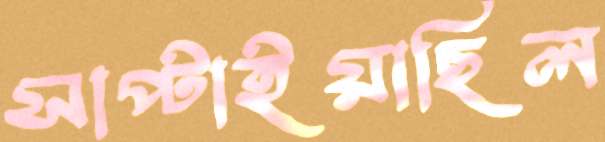
সাপ্‌টাইয়াছিল